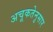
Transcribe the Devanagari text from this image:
अचूकतेनुसार